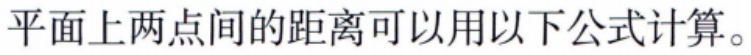
平面上两点间的距离可以用以下公式计算。